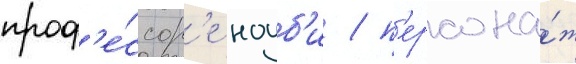
проф'е́ссор'е ноуб'и / п'ерсона́ж